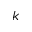
k